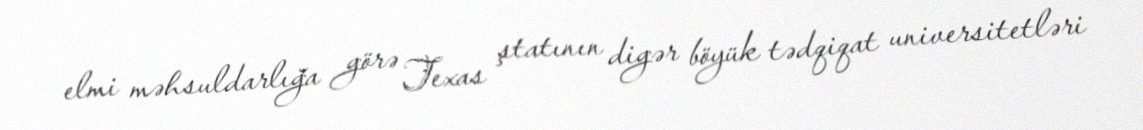
elmi məhsuldarlığa görə Texas ştatının digər böyük tədqiqat universitetləri